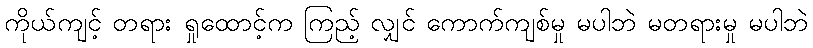
ကိုယ်ကျင့် တရား ရှုထောင့်က ကြည့် လျှင် ကောက်ကျစ်မှု မပါဘဲ မတရားမှု မပါဘဲ